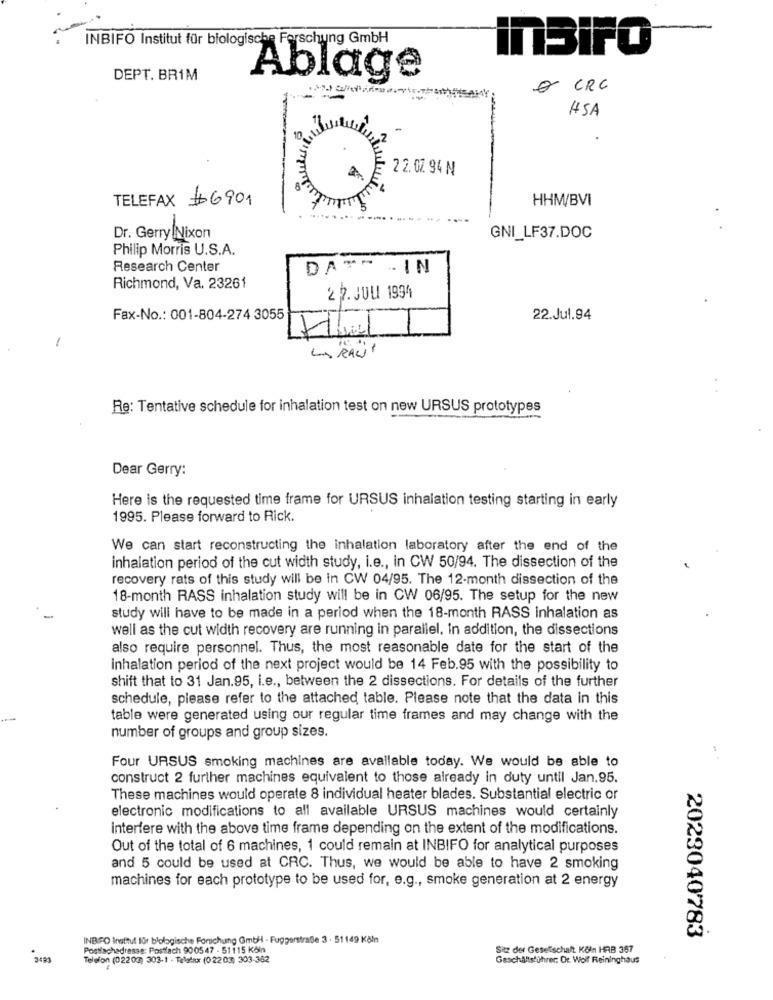
INBIFO Institut für biologische Forschung GmbH
InBiFO
DEPT. BR1M
Ablage
o CRC
HSA
22.07 94 N
TELEFAX #6901
HHM/BVI
..
Dr. Gerry Nixon
GNI_LF37.DOC
Philip Morris U.S.A.
Research Center
DAT" - IN
Richmond, Va. 23261
22. JUU 1994
Fax-No .: 001-804-274 3055
22.Jul.94
Ellie
LA RACit
Re: Tentative schedule for inhalation test on new URSUS prototypes
Dear Gerry:
Here is the requested time frame for URSUS inhalation testing starting in early
1995. Please forward to Rick.
We can start reconstructing the inhalation laboratory after the end of the
inhalation period of the cut width study, i.e ., in CW 50/94. The dissection of the
recovery rats of this study will be in CW 04/95. The 12-month dissection of the
18-month RASS inhalation study will be in CW 06/95. The setup for the new
study will have to be made in a period when the 18-month RASS inhalation as
well as the cut width recovery are running in parallel. in addition, the dissections
also require personnel. Thus, the most reasonable date for the start of the
inhalation period of the next project would be 14 Feb.95 with the possibility to
shift that to 31 Jan.95, i.e ., between the 2 dissections. For details of the further
schedule, please refer to the attached table. Please note that the data in this
table were generated using our regular time frames and may change with the
number of groups and group sizes.
Four URSUS smoking machines are available today. We would be able to
construct 2 further machines equivalent to those already in duty until Jan.95.
These machines would operate 8 individual heater blades. Substantial electric or
electronic modifications to all available URSUS machines would certainly
Interfere with the above time frame depending on the extent of the modifications.
Out of the total of 6 machines, 1 could remain at INBIFO for analytical purposes
and 5 could be used at CRC. Thus, we would be able to have 2 smoking
machines for each prototype to be used for, e.g ., smoke generation at 2 energy
INBIFO Institut für blologische Forschung GmbH - Fuggerstraße 3 . 51149 Köln
2023040783
Postfachadresse: Postfach 900547 - 51115 Kčin
Sitz der Geselschaft Köln HAB 367
Telefon (02203) 303-1 - Telefax (0 22 03) 303-382
Geschäftsführer: Or. Wolf Reininghaus